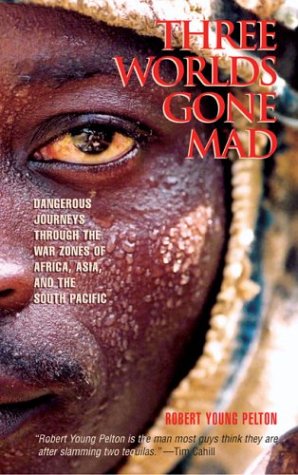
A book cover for Three Worlds Gone Mad: Dangerous Journeys through the War Zones of Africa, Asia, and the South Pacific; Robert Young Pelton; History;